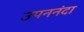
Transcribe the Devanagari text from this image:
उपननंदा